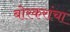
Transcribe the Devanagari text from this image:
बोरकरांचा